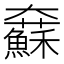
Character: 𡚢